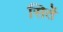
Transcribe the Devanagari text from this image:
सिर्ते